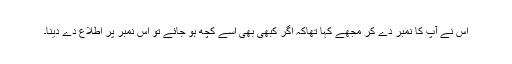
اس نے آپ کا نمبر دے کر مجھے کہا تھاکہ اگر کبھی بھی اُسے کچھ ہو جائے تو اس نمبر پر اطلاع دے دینا۔